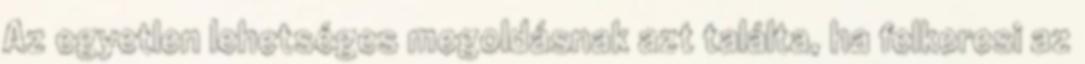
Az egyetlen lehetséges megoldásnak azt találta, ha felkeresi az